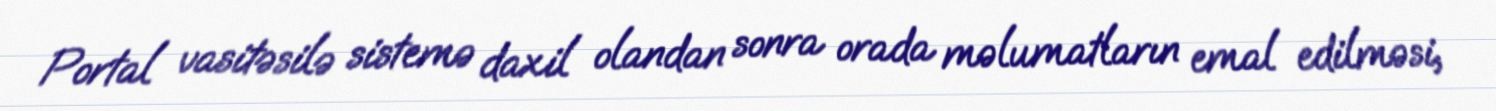
Portal vasitəsilə sistemə daxil olandan sonra orada məlumatların emal edilməsi,